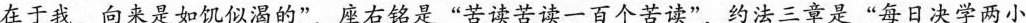
在于我，向来是如饥似渴的”，座右铭是”苦读苦读一百个苦读”，约法三章是”每日决学两小